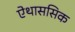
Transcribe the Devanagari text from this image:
ऐथाससिक